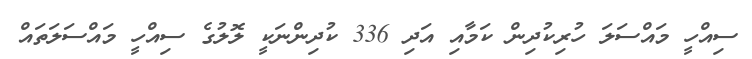
ސިއްހީ މައްސަލަ ހުރިކުދިން ކަމާއި އަދި 336 ކުދިންނަކީ ލޮލުގެ ސިއްހީ މައްސަލަތައް